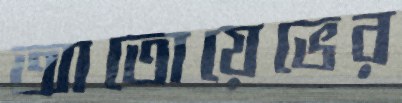
আতোয়েভের